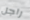
راجل